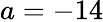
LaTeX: a=-14